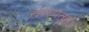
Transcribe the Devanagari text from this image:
तारपत्रों